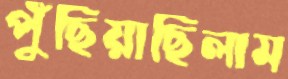
পুঁছিয়াছিলাম